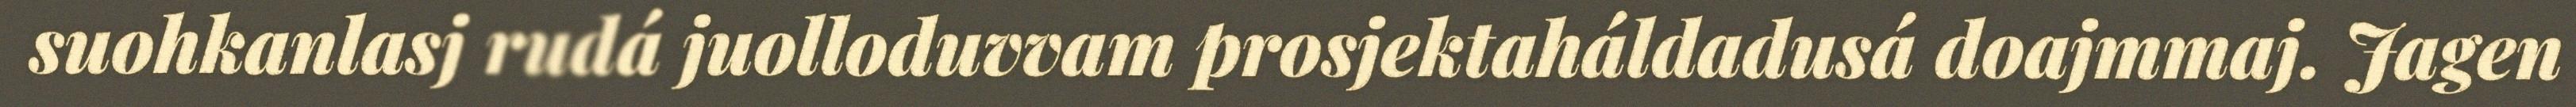
suohkanlasj rudá juolloduvvam prosjektaháldadusá doajmmaj. Jagen